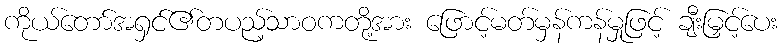
ကိုယ်တော်အရှင်၏တပည့်သာဝကတို့အား ဖြောင့်မတ်မှန်ကန်မှုဖြင့် ချီးမြှင့်ပေး